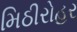
મિઠીરોહર